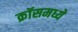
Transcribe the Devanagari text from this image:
क्रॉसमध्ये